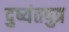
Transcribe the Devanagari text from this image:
दुष्यंतपुत्र